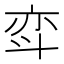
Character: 𫿳